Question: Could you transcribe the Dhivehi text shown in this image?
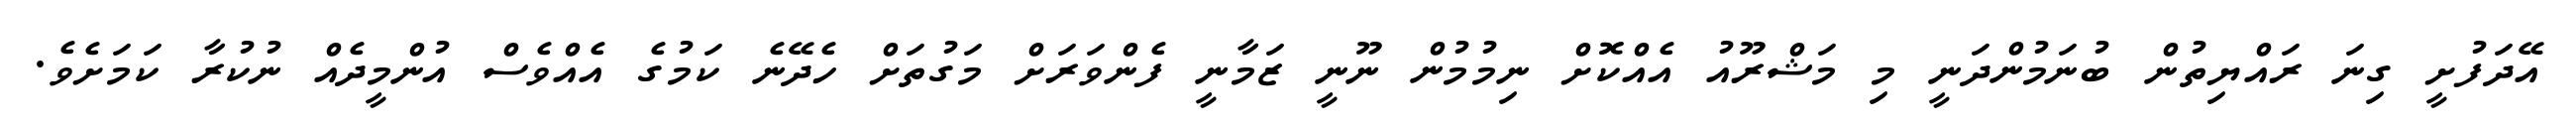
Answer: އޭދަފުށީ ގިނަ ރައްޔިތުން ބުނަމުންދަނީ މި މަޝްރޫއު އެއްކޮށް ނިމުމުން ނޫނީ ޒަމާނީ ފެންވަރަށް މަގުތަށް ހެދޭނެ ކަމުގެ އެއްވެސް އުންމީދެއް ނުކުރާ ކަމަށެވެ.